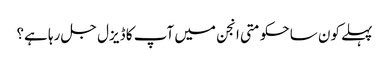
پہلے کون سا حکومتی انجن میں آپ کا ڈیزل جل رہا ہے؟